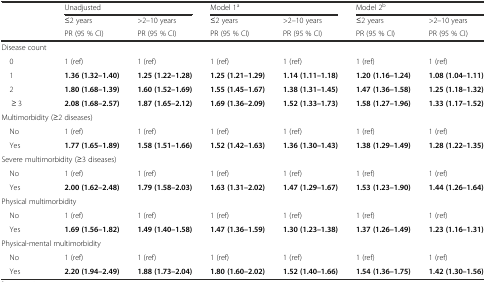
<table><thead><tr><td></td><td colspan="2"><b>Unadjusted</b></td><td colspan="2"><b>Model 1<sup>a</sup></b></td><td colspan="2"><b>Model 2<sup>b</sup></b></td></tr><tr><td></td><td><b>≤2 years</b></td><td><b>&gt;2–10 years</b></td><td><b>≤2 years</b></td><td><b>&gt;2–10 years</b></td><td><b>≤2 years</b></td><td><b>&gt;2–10 years</b></td></tr><tr><td></td><td><b>PR (95 % CI)</b></td><td><b>PR (95 % CI)</b></td><td><b>PR (95 % CI)</b></td><td><b>PR (95 % CI)</b></td><td><b>PR (95 % CI)</b></td><td><b>PR (95 % CI)</b></td></tr></thead><tbody><tr><td>Disease count</td><td></td><td></td><td></td><td></td><td></td><td></td></tr><tr><td> 0</td><td>1 (ref)</td><td>1 (ref)</td><td>1 (ref)</td><td>1 (ref)</td><td>1 (ref)</td><td>1 (ref)</td></tr><tr><td> 1</td><td><b>1.36 (1.32–1.40)</b></td><td><b>1.25 (1.22–1.28)</b></td><td><b>1.25 (1.21–1.29)</b></td><td><b>1.14 (1.11–1.18)</b></td><td><b>1.20 (1.16–1.24)</b></td><td><b>1.08 (1.04–1.11)</b></td></tr><tr><td> 2</td><td><b>1.80 (1.68–1.39)</b></td><td><b>1.60 (1.52–1.69)</b></td><td><b>1.55 (1.45–1.67)</b></td><td><b>1.38 (1.31–1.45)</b></td><td><b>1.47 (1.36–1.58)</b></td><td><b>1.25 (1.18–1.32)</b></td></tr><tr><td>≥ 3</td><td><b>2.08 (1.68–2.57)</b></td><td><b>1.87 (1.65–2.12)</b></td><td><b>1.69 (1.36–2.09)</b></td><td><b>1.52 (1.33–1.73)</b></td><td><b>1.58 (1.27–1.96)</b></td><td><b>1.33 (1.17–1.52)</b></td></tr><tr><td colspan="3">Multimorbidity (≥2 diseases)</td><td></td><td></td><td></td><td></td></tr><tr><td> No</td><td>1 (ref)</td><td>1 (ref)</td><td>1 (ref)</td><td>1 (ref)</td><td>1 (ref)</td><td>1 (ref)</td></tr><tr><td> Yes</td><td><b>1.77 (1.65–1.89)</b></td><td><b>1.58 (1.51–1.66)</b></td><td><b>1.52 (1.42–1.63)</b></td><td><b>1.36 (1.30–1.43)</b></td><td><b>1.38 (1.29–1.49)</b></td><td><b>1.28 (1.22–1.35)</b></td></tr><tr><td colspan="3">Severe multimorbidity (≥3 diseases)</td><td></td><td></td><td></td><td></td></tr><tr><td> No</td><td>1 (ref)</td><td>1 (ref)</td><td>1 (ref)</td><td>1 (ref)</td><td>1 (ref)</td><td>1 (ref)</td></tr><tr><td> Yes</td><td><b>2.00 (1.62–2.48)</b></td><td><b>1.79 (1.58–2.03)</b></td><td><b>1.63 (1.31–2.02)</b></td><td><b>1.47 (1.29–1.67)</b></td><td><b>1.53 (1.23–1.90)</b></td><td><b>1.44 (1.26–1.64)</b></td></tr><tr><td colspan="2">Physical multimorbidity</td><td></td><td></td><td></td><td></td><td></td></tr><tr><td> No</td><td>1 (ref)</td><td>1 (ref)</td><td>1 (ref)</td><td>1 (ref)</td><td>1 (ref)</td><td>1 (ref)</td></tr><tr><td> Yes</td><td><b>1.69 (1.56–1.82)</b></td><td><b>1.49 (1.40–1.58)</b></td><td><b>1.47 (1.36–1.59)</b></td><td><b>1.30 (1.23–1.38)</b></td><td><b>1.37 (1.26–1.49)</b></td><td><b>1.23 (1.16–1.31)</b></td></tr><tr><td colspan="3">Physical-mental multimorbidity</td><td></td><td></td><td></td><td></td></tr><tr><td> No</td><td>1 (ref)</td><td>1 (ref)</td><td>1 (ref)</td><td>1 (ref)</td><td>1 (ref)</td><td>1 (ref)</td></tr><tr><td> Yes</td><td><b>2.20 (1.94–2.49)</b></td><td><b>1.88 (1.73–2.04)</b></td><td><b>1.80 (1.60–2.02)</b></td><td><b>1.52 (1.40–1.66)</b></td><td><b>1.54 (1.36–1.75)</b></td><td><b>1.42 (1.30–1.56)</b></td></tr></tbody></table>